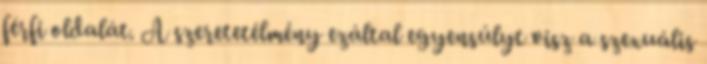
férfi oldalát. A szeretetélmény ezáltal egyensúlyt visz a szexuális